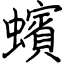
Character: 蠙